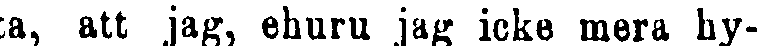
ta, att jag, ehuru jag icke mera hy-